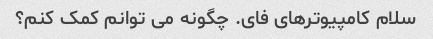
سلام کامپیوترهای فای. چگونه می توانم کمک کنم؟